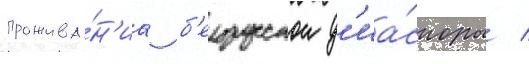
прожива́н'иа б'елорусскои д'иа́споры /